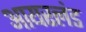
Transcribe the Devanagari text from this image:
आयरलंड